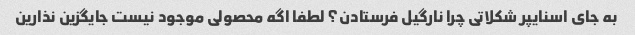
به جای اسنایپر شکلاتی چرا نارگیل فرستادن؟ لطفا اگه محصولی موجود نیست جایگزین نذارین